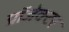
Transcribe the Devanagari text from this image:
प्रॉजेक्टर